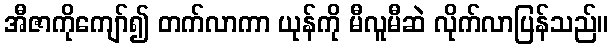
အီဇာကိုကျော်၍ တက်လာကာ ယုန်ကို မီလူမီဆဲ လိုက်လာပြန်သည်။